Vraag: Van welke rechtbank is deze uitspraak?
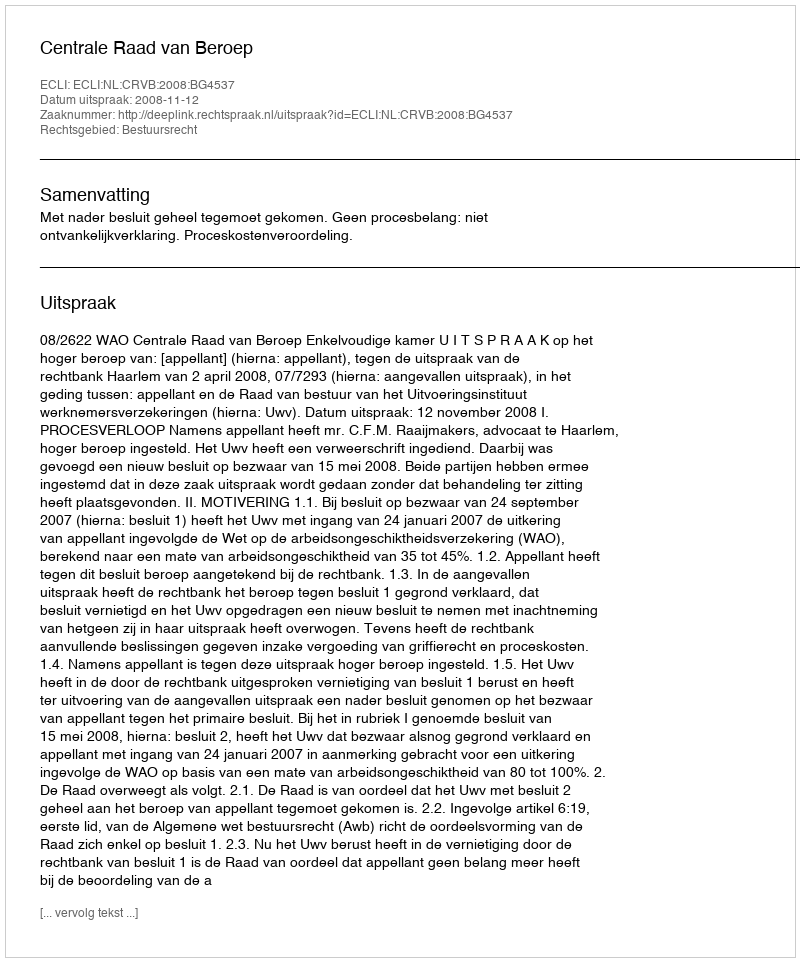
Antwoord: Centrale Raad van Beroep